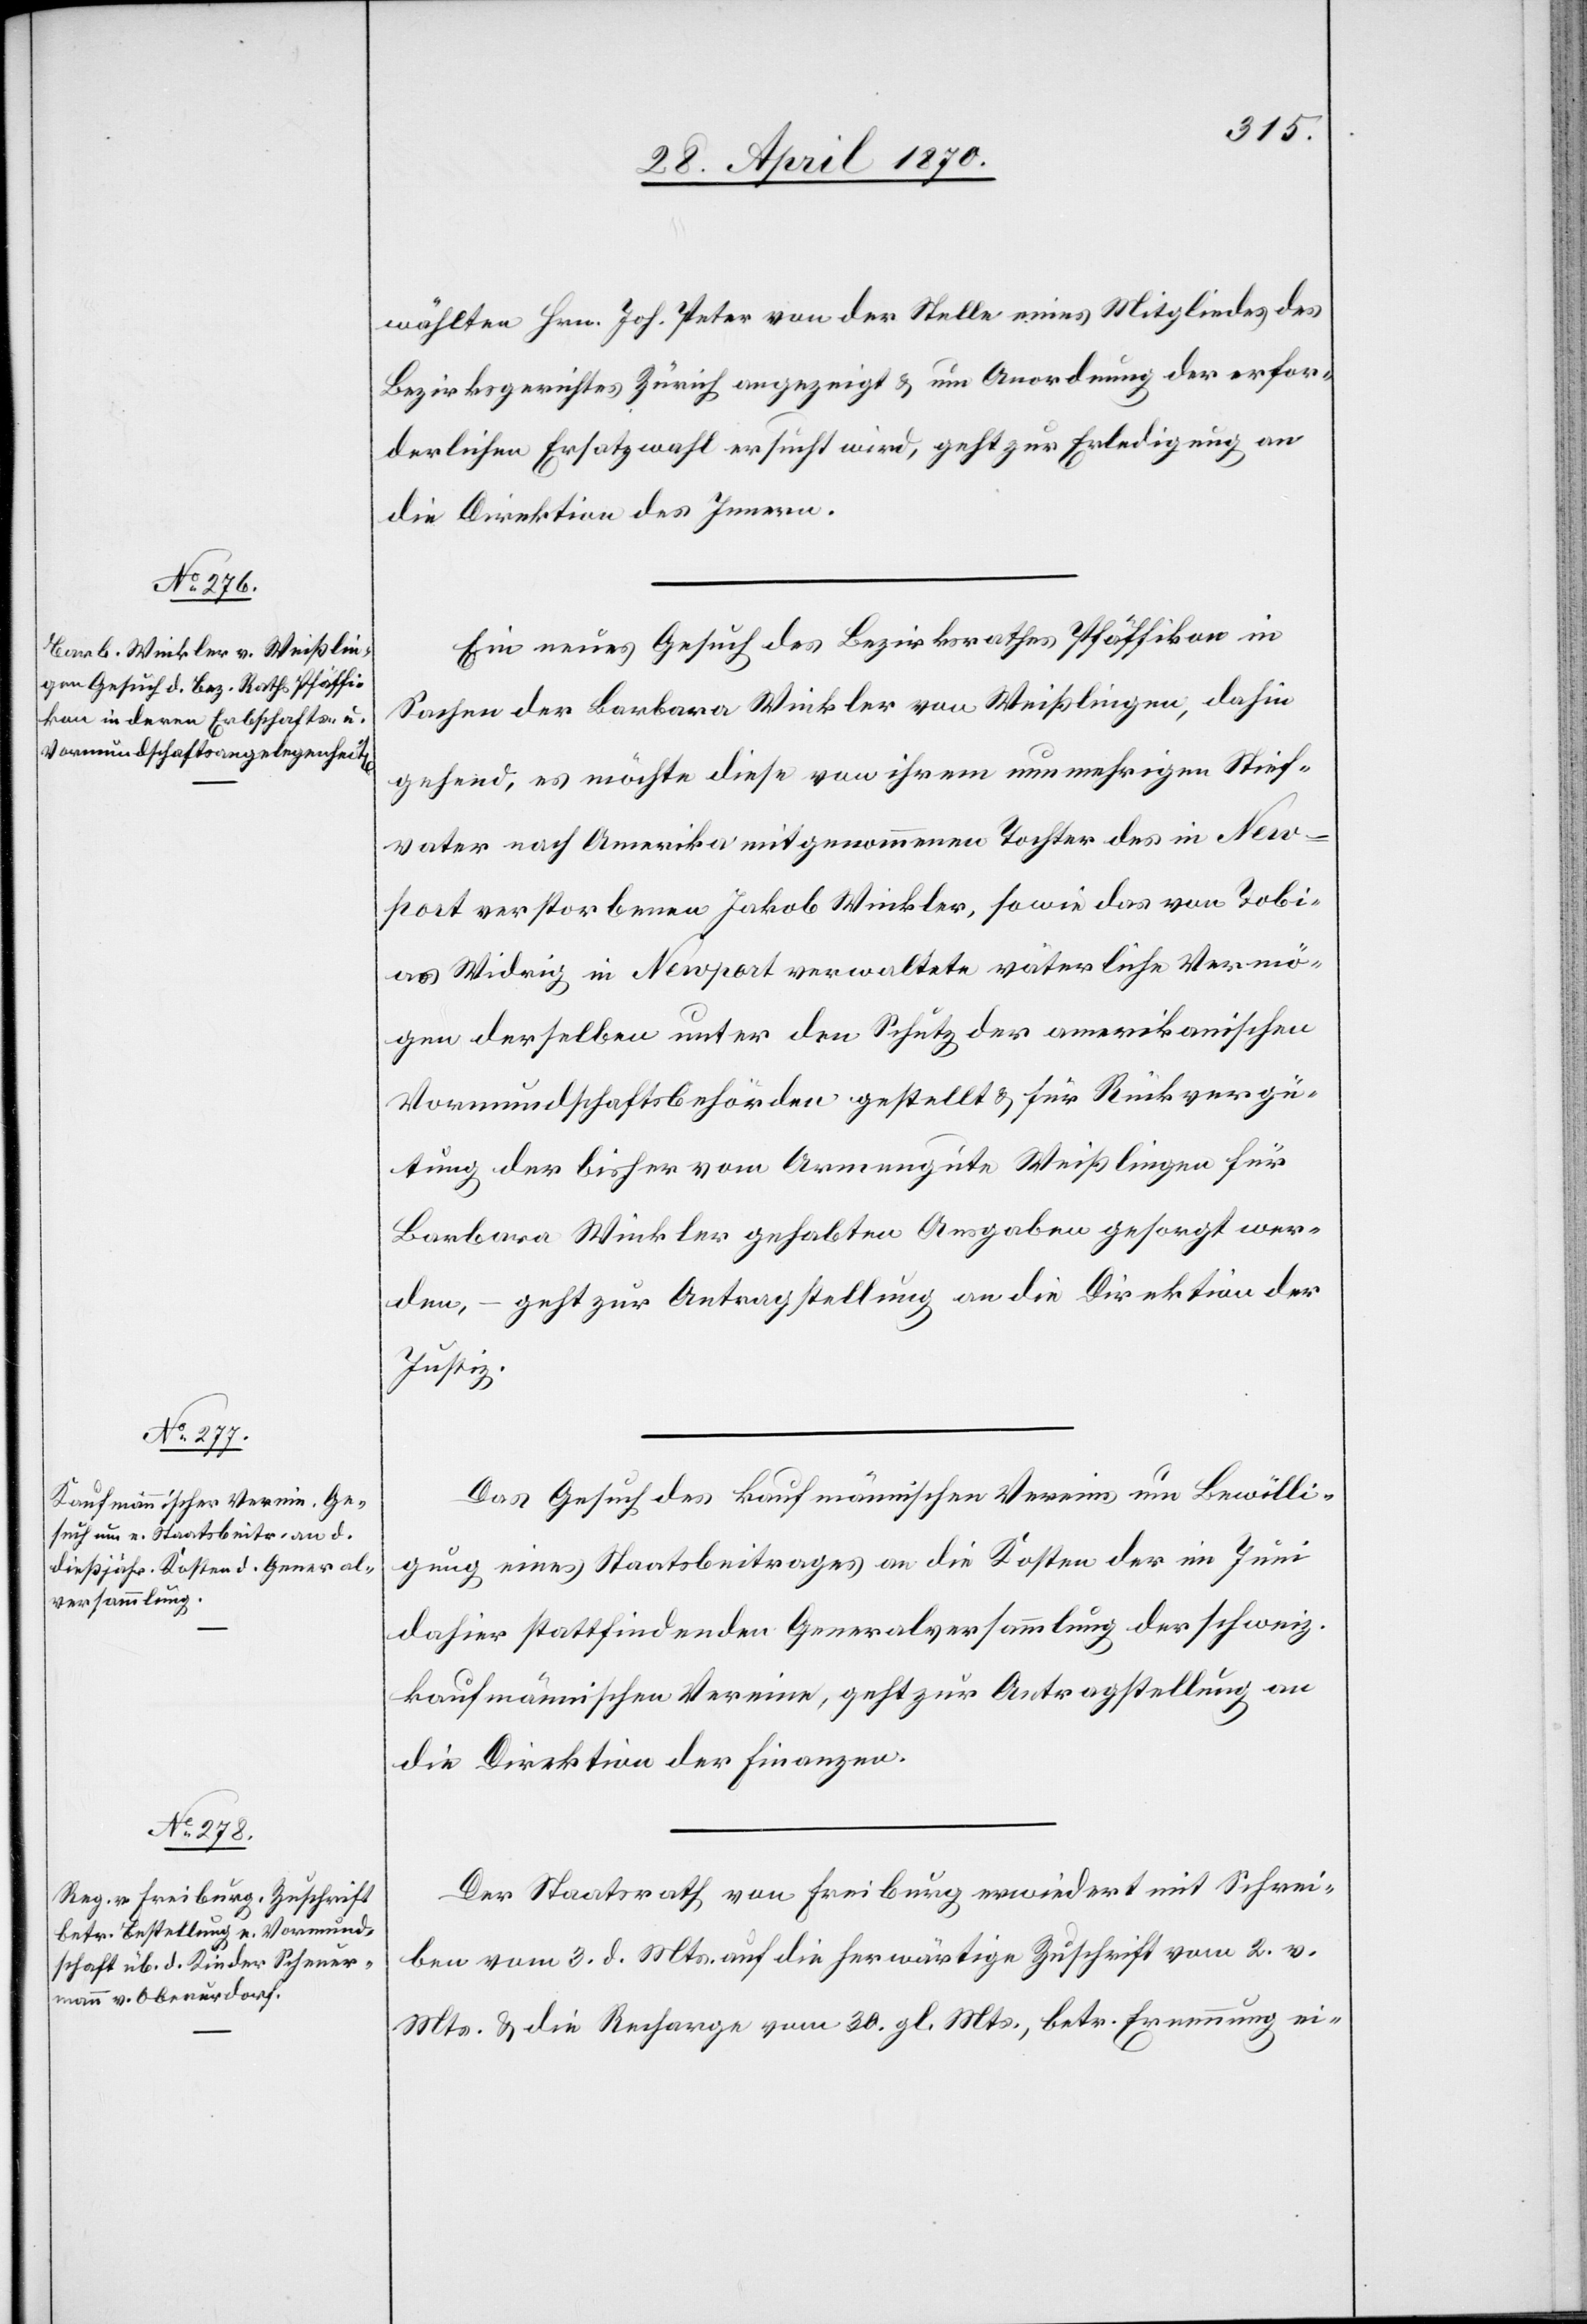
wählten Hrn. Joh. Peter von der Stelle eines Mitgliedes des
Bezirksgerichtes Zürich angezeigt & um Anordnung der erfor¬
derlichen Ersatzwahl ersucht wird, geht zur Erledigung an
die Direktion des Innern.
Ein neues Gesuch des Bezirksrathes Pfäffikon in
Sachen der Barbara Winkler von Weißlingen, dahin
gehend, es möchte diese von ihrem nunmehrigen Stief¬
vater nach Amerika mitgenommenen Tochter des in New¬
port verstorbenen Jakob Winkler, sowie das von Tobi¬
as Widrig in Newport verwaltete väterliche Vermö¬
gen derselben unter den Schutz der amerikanischen
Vormundschaftsbehörden gestellt & für Rückvergü¬
tung der bisher vom Armengute Weißlingen für
Barbara Winkler gehabten Ausgaben gesorgt wer¬
den, – geht zur Antragstellung an die Direktion der
Justiz.
Das Gesuch des kaufmännischen Vereins um Bewilli¬
gung eines Staatsbeitrages an die Kosten der im Juni
dahier stattfindenden Generalversammlung der schweiz.
kaufmännischen Vereine, geht zur Antragstellung an
die Direktion der Finanzen.
Der Staatsrath von Freiburg erwiedert mit Schrei¬
ben vom 3. d. Mts. auf die herwärtige Zuschrift vom 2. v.
Mts. & die Recharge vom 30. gl. Mts., betr. Ernennung ei-